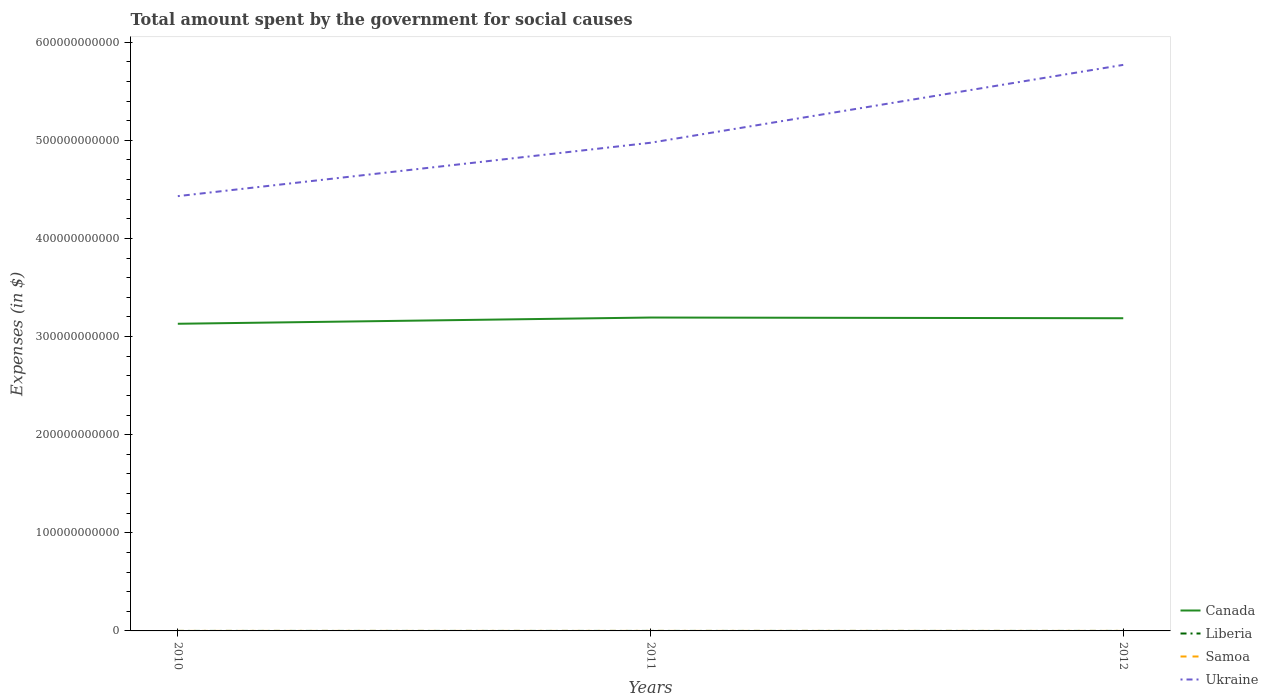
| Years | Canada | Liberia | Samoa | Ukraine |
 | --- | --- | --- | --- | --- |
 | 2010 | 3.13e+11 | 3.8e+06 | 4.32e+05 | 4.43e+11 |
 | 2011 | 3.19e+11 | 4.46e+06 | 4.53e+05 | 4.98e+11 |
 | 2012 | 3.19e+11 | 5.86e+06 | 4.53e+05 | 5.77e+11 |